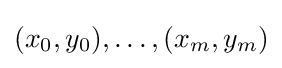
(x_{0},y_{0}),\ldots ,(x_{m},y_{m})